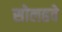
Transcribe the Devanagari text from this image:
सोलहवे